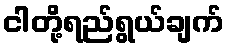
ငါတို့ရည်ရွယ်ချက်